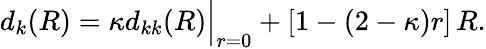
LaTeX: \begin{array}{r}{d_{k}(R)=\kappa d_{kk}(R)\Big|_{r=0}+[1-(2-\kappa)r]\, R.}\end{array}